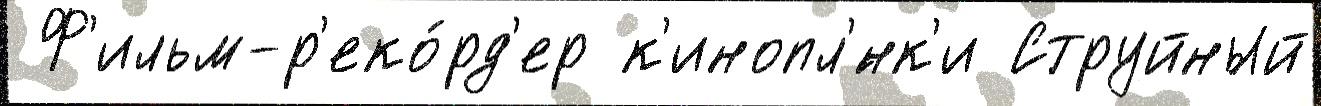
 Ф'ильм-р'еко́рд'ер к'инопл'́нк'и Струйный